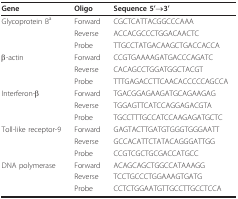
| Gene | Oligo | Sequence 5'→3' |
 | --- | --- | --- |
 | Glycoprotein Ba | Forward | CGCTCATTACGGCCCAAA |
 |  | Reverse | ACCACGCCCTGGACAACTC |
 |  | Probe | TTGCCTATGACAAGCTGACCACCA |
 | β-actin | Forward | CCGTGAAAAGATGACCCAGATC |
 |  | Reverse | CACAGCCTGGATGGCTACGT |
 |  | Probe | TTTGAGACCTTCAACACCCCCAGCCA |
 | Interferon-β | Forward | TGACGGAGAAGATGCAGAAGAG |
 |  | Reverse | TGGAGTTCATCCAGGAGACGTA |
 |  | Probe | TGCCTTTGCCATCCAAGAGATGCTC |
 | Toll-like receptor-9 | Forward | GAGTACTTGATGTGGGTGGGAATT |
 |  | Reverse | GCCACATTCTATACAGGGATTGG |
 |  | Probe | CCGTCGCTGCGACCATGCC |
 | DNA polymerase | Forward | ACAGCAGCTGGCCATAAAGG |
 |  | Reverse | TCCTGCCCTGGAAAGTGATG |
 |  | Probe | CCTCTGGAATGTTGCCTTGCCTCCA |